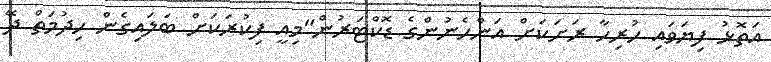
އަތޮޅު ފިޔަވައި ހުރިހާ ރަށަކަށް އަންހެނުންގެ ޑޮކްޓަރުން"މިއީ ފިކުރަކަށް ބަލައިގެން ހިދުމަތް ދޭ